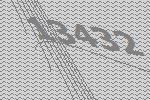
13432